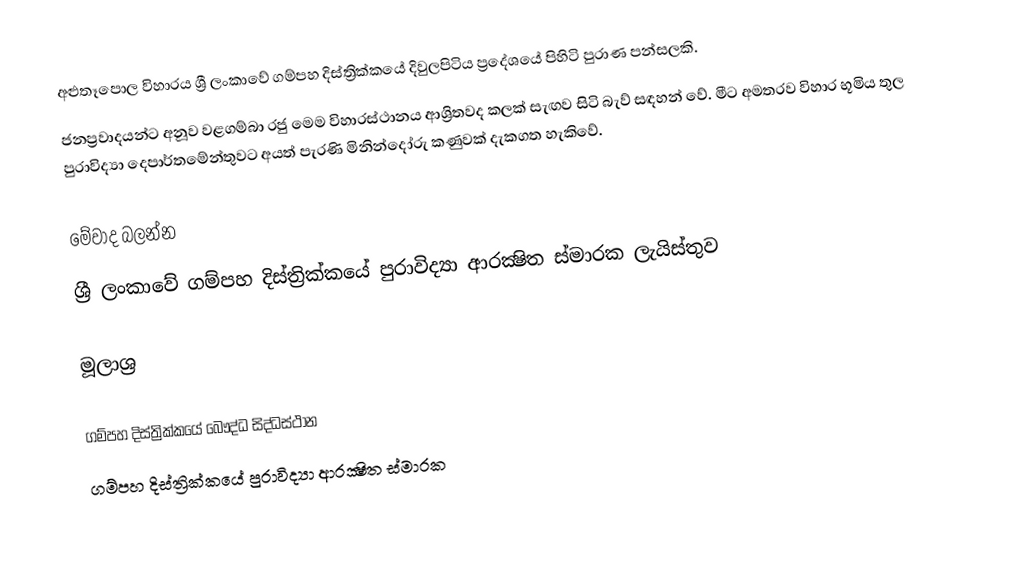
අළුතෑපොල විහාරය ශ්‍රී ලංකාවේ ගම්පහ දිස්ත්‍රික්කයේ දිවුලපිටිය ප්‍රදේශයේ පිහිටි පුරාණ පන්සලකි.
ජනප්‍රවාදයන්ට අනූව වළගම්බා රජු මෙම විහාරස්ථානය ආශ්‍රිතවද කලක් සැඟව සිටි බැව් සඳහන් වේ. මීට අමතරව විහාර භූමිය තුල පුරාවිද්‍යා දෙපාර්තමේන්තුවට අයත් පැරණි මිනින්දෝරු කණුවක් දැකගත හැකිවේ.

මේවාද බලන්න
ශ්‍රී ලංකාවේ ගම්පහ දිස්ත්‍රික්කයේ පුරාවිද්‍යා ආරක්‍ෂිත ස්මාරක ලැයිස්තුව

මූලාශ්‍ර

ගම්පහ දිස්ත්‍රික්කයේ බෞද්ධ සිද්ධස්ථාන
ගම්පහ දිස්ත්‍රික්කයේ පුරාවිද්‍යා ආරක්‍ෂිත ස්මාරක